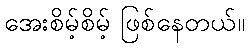
အေးစိမ့်စိမ့် ဖြစ်နေတယ်။